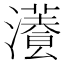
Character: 𤂡